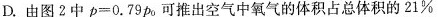
D.由图2中$$p = 0 . 7 9 p_{0}$$可推出空气中氧气的体积占总体积的21%